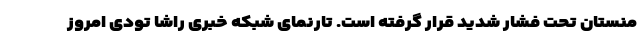
منستان تحت فشار شدید قرار گرفته است. تارنمای شبکه خبری راشا تودی امروز